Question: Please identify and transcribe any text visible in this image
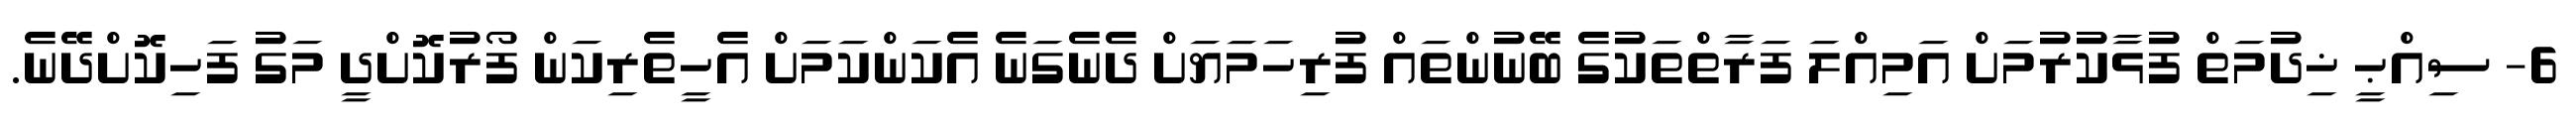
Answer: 6- ސިއްޙީ ޚިދުމަތް ފުޅާކުރުމަށް އަމިއްލަ ފަރާތްތަކުގެ ބޭނުންތައް ފުރިހަމަޔަށް ދެނެގަނެ އެކަންކަމަށް އެހީތެރިކަން ފޯރުކޮށްދީ މަގު ފަހިކޮށްދޭނެ.